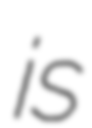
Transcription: is